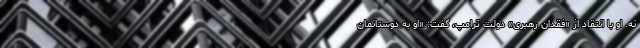
نه. او با انتقاد از «فقدان رهبری» دولت ترامپ، گفت: «او به دوستانمان